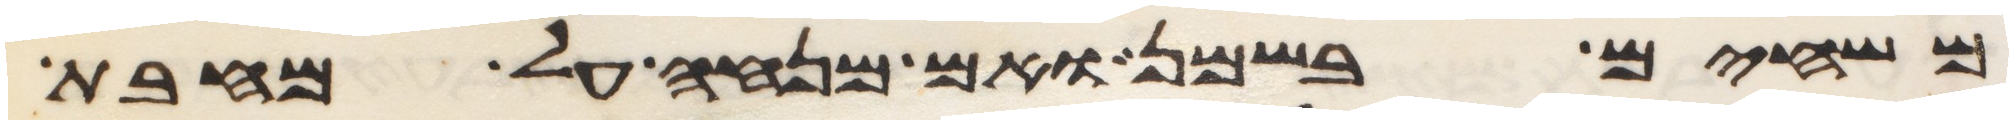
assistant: משחים בשמן ואם מנחה על מחבת